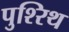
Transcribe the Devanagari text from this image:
पुश्‍रिथ